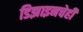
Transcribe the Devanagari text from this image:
डिझाइनचेही